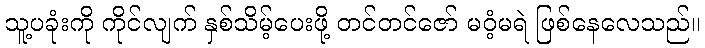
သူ့ပခုံးကို ကိုင်လျက် နှစ်သိမ့်ပေးဖို့ တင်တင်ဇော် မဝံ့မရဲ ဖြစ်နေလေသည်။